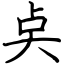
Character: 奌